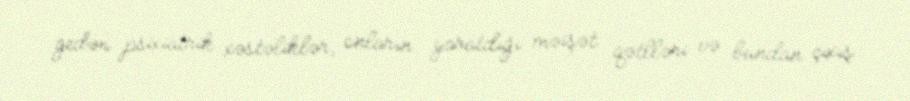
gedən psixiatrik xəstəliklər, onların yaratdığı məişət qətlləri və bundan çıxış